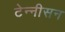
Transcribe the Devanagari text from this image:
टेन्नीसन